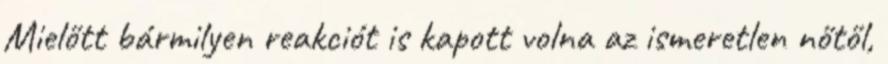
Mielőtt bármilyen reakciót is kapott volna az ismeretlen nőtől,